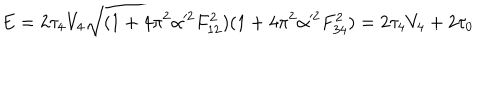
LaTeX: E = 2 \tau _ { 4 } V _ { 4 } \sqrt { ( 1 + 4 \pi ^ { 2 } \alpha ^ { 2 } F _ { 1 2 } ^ { 2 } ) ( 1 + 4 \pi ^ { 2 } \alpha ^ { 2 } F _ { 3 4 } ^ { 2 } ) } = 2 \tau _ { 4 } V _ { 4 } + 2 \tau _ { 0 }